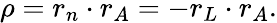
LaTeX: \rho=r_{n}\cdot r_{A}=-r_{L}\cdot r_{A}.